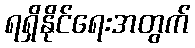
ရရှိနိုင်ရေးအတွက်